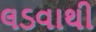
લડવાથી